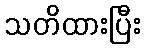
သတိထားပြီး